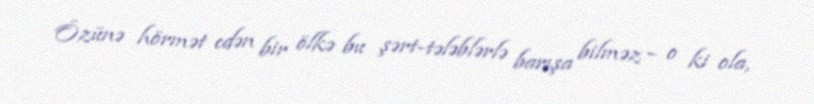
Özünə hörmət edən bir ölkə bu şərt-tələblərlə barışa bilməz – o ki ola,